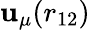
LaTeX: \mathbf{u}_{\mu}(r_{12})